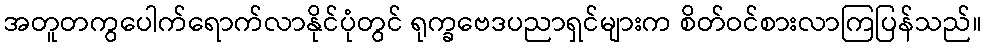
အတူတကွပေါက်ရောက်လာနိုင်ပုံတွင် ရုက္ခဗေဒပညာရှင်များက စိတ်ဝင်စားလာကြပြန်သည်။